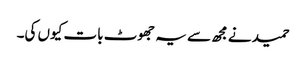
حمید نے مجھ سے یہ جھوٹ بات کیوں کی۔